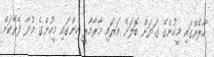
ހާލެއްގައި މީހުންގެ ގަޔަށް ބޮލަށް އަރައި މާރާމާރީ ހިންގައި މީހުންގެ މުދާ ފޭރޭކަށް